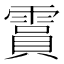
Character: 霣